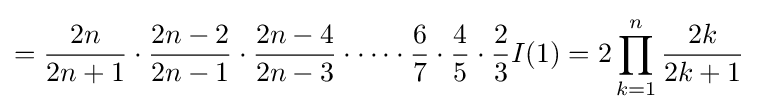
={\frac {2n}{2n+1}}\cdot {\frac {2n-2}{2n-1}}\cdot {\frac {2n-4}{2n-3}}\cdot \cdots \cdot {\frac {6}{7}}\cdot {\frac {4}{5}}\cdot {\frac {2}{3}}I(1)=2\prod _{k=1}^{n}{\frac {2k}{2k+1}}